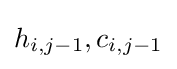
h_{i,j-1},c_{i,j-1}